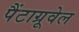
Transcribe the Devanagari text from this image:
पैंटाग्रूवेल